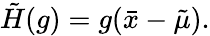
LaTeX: \tilde{H}(g)=g(\bar{x}-\tilde{\mu}).